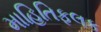
માહિતિફલક